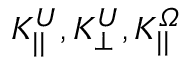
K _ { | | } ^ { U } , K _ { \perp } ^ { U } , K _ { | | } ^ { \itOmega }